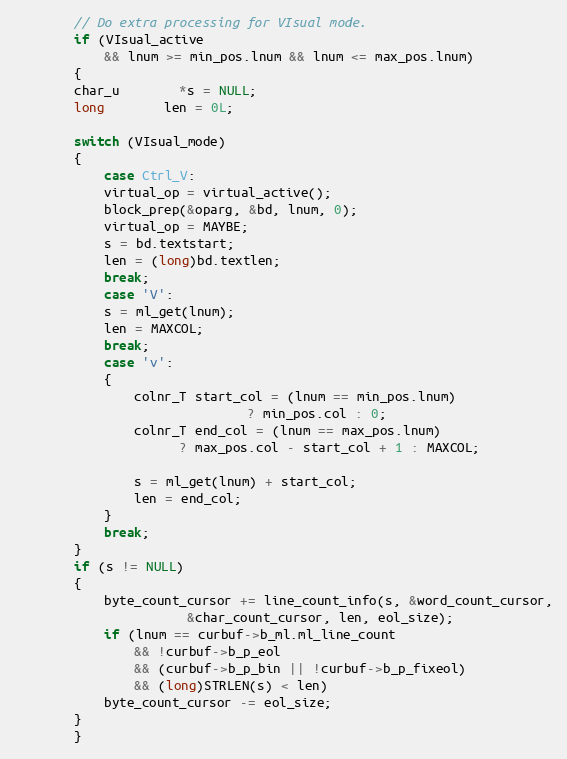
Language: C
	    // Do extra processing for VIsual mode.
	    if (VIsual_active
		    && lnum >= min_pos.lnum && lnum <= max_pos.lnum)
	    {
		char_u	    *s = NULL;
		long	    len = 0L;

		switch (VIsual_mode)
		{
		    case Ctrl_V:
			virtual_op = virtual_active();
			block_prep(&oparg, &bd, lnum, 0);
			virtual_op = MAYBE;
			s = bd.textstart;
			len = (long)bd.textlen;
			break;
		    case 'V':
			s = ml_get(lnum);
			len = MAXCOL;
			break;
		    case 'v':
			{
			    colnr_T start_col = (lnum == min_pos.lnum)
							   ? min_pos.col : 0;
			    colnr_T end_col = (lnum == max_pos.lnum)
				      ? max_pos.col - start_col + 1 : MAXCOL;

			    s = ml_get(lnum) + start_col;
			    len = end_col;
			}
			break;
		}
		if (s != NULL)
		{
		    byte_count_cursor += line_count_info(s, &word_count_cursor,
					   &char_count_cursor, len, eol_size);
		    if (lnum == curbuf->b_ml.ml_line_count
			    && !curbuf->b_p_eol
			    && (curbuf->b_p_bin || !curbuf->b_p_fixeol)
			    && (long)STRLEN(s) < len)
			byte_count_cursor -= eol_size;
		}
	    }